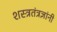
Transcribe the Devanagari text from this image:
शस्त्रतंत्रज्ञांनी